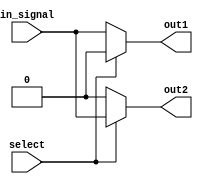
module demux_1to2 (
    input wire in_signal,
    input wire select,
    output reg out1,
    output reg out2
);

always @*
begin
    if(select == 1'b0)
    begin
        out1 = in_signal;
        out2 = 1'b0;
    end
    else
    begin
        out1 = 1'b0;
        out2 = in_signal;
    end
end

endmodule